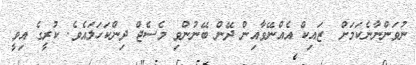
ނުވަންނާނެކަމަށް  ޒައިކް އެއްނޭވާއިން ދޭން ބޭނުންވި މެސެޖް ދިންކަހަލައެވެ. ކުރީގެ އިވީ